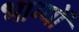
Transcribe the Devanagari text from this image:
भाग्यों